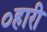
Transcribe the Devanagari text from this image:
०हारी